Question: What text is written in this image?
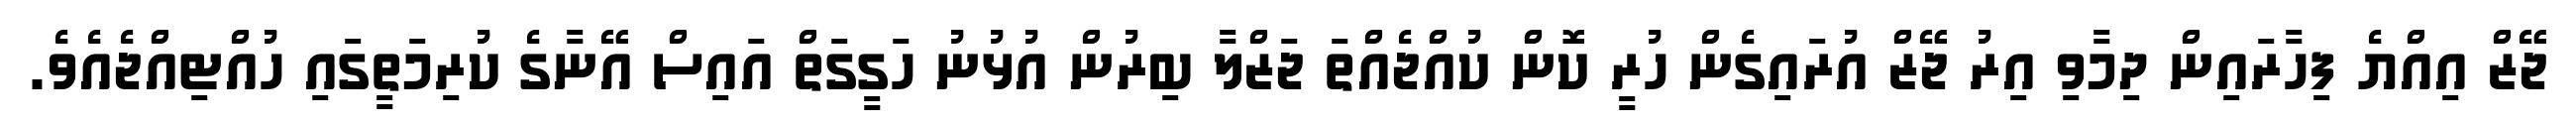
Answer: ޖޭޒް އިއްޔެ ފިހާރައިން ދިމާވި އިރު ޖޭޒް އުރައިގެން ހުރީ ކޮން ކުއްޖެއްތަ ޖަޒްލާ ބިރުން އުޅުނު ހަގީގަތް އައިސް އޭނާގެ ކުރިމަތީގައި ހުއްޓިއްޖެއެވެ.